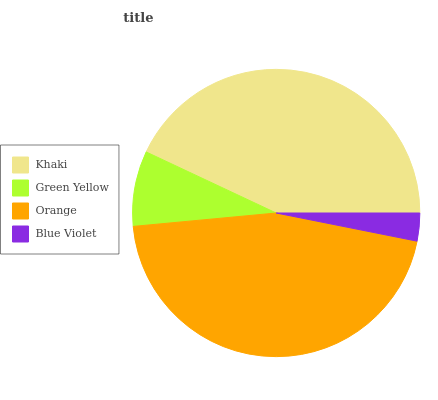
| Khaki | Green Yellow | Orange | Blue Violet |
 | --- | --- | --- | --- |
 | 43% | 8.47% | 45.4% | 3.14% |